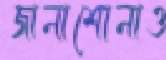
জানাশোনাও